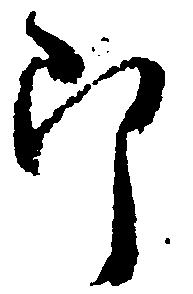
郎